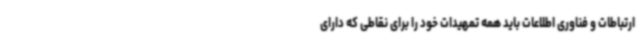
ارتباطات و فناوری اطلاعات باید همه تمهیدات خود را برای نقاطی که دارای